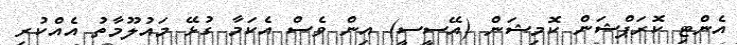
އެންޓި ކޮރަޕްޝަން ކޮމިޝަން (އޭސީސީ) އިން ވެސް އެކަމާ ގުޅޭ މައުލޫމާތު އެއްކުރި